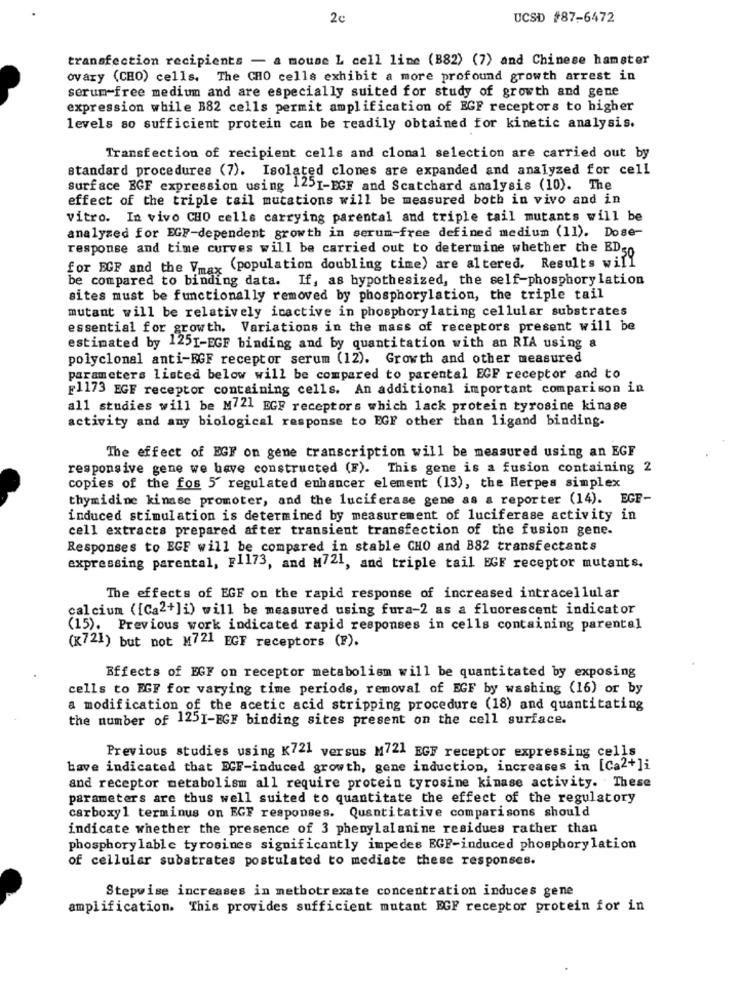
2c
UCSD #87-6472
transfection recipients - a mouse L cell line (B82) (7) and Chinese hamster
ovary (CHO) cells. The CHO cells exhibit a more profound growth arrest in
serum-free medium and are especially suited for study of growth and gene
expression while B82 cells permit amplification of EGF receptors to higher
levels so sufficient protein can be readily obtained for kinetic analysis.
Transfection of recipient cells and clonal selection are carried out by
standard procedures (7). Isolated clones are expanded and analyzed for cell
Surface BGF expression using 1251-EGF and Scatchard analysis (10). The
effect of the triple tail mutations will be measured both in vivo and in
vitro. In vivo CHO cells carrying parental and triple tail mutants will be
analyzed for EGF-dependent growth in serum-free defined medium (11). Dose-
response and time curves will be carried out to determine whether the ED50
for EGF and the Vmax (population doubling time) are altered, Results will
be compared to binding data. If, as hypothesized, the self-phosphorylation
sites must be functionally removed by phosphorylation, the triple tail
mutant will be relatively icactive in phosphorylating cellular substrates
essential for growth. Variations in the mass of receptors present will be
estimated by 1251-EGF binding and by quantitation with an RIA using a
polyclonal anti-FGF receptor serum (12). Growth and other measured
parameters listed below will be compared to parental EGF receptor and to
F1173 EGF receptor containing cells. An additional important comparison in
all studies will be M721 EGF receptors which lack protein tyrosine kinase
activity and any biological response to EGF other than ligand binding.
The effect of BGF on gene transcription will be measured using an EGF
responsive gene we have constructed (F). This gene is a fusion containing 2
copies of the fos 5' regulated enhancer element (13), the Herpes simplex
thymidine kinase promoter, and the luciferase gene as a reporter (14). EGF-
induced stimulation is determined by measurement of luciferase activity in
cell extracts prepared after transient transfection of the fusion gene.
Responses to EGF will be compared in stable CHO and B82 transfectants
expressing parental, Fl173, and M721, and triple tail EGF receptor mutants.
The effects of EGF on the rapid response of increased intracellular
calcium ([Ca2+]i) will be measured using fura-2 as a fluorescent indicator
(15). Previous work indicated rapid responses in cells containing parental
(K721) but not M721 EGF receptors (F).
Effects of EGF on receptor metabolism will be quantitated by exposing
cells to EGF for varying time periods, removal of EGF by washing (16) or by
a modification of the acetic acid stripping procedure (18) and quantitating
the number of 1251-EGF binding sites present on the cell surface.
Previous studies using K721 versus M721 EGF receptor expressing cells
have indicated that EGF-induced growth, gene induction, increases in [Ca2+]i
and receptor metabolism all require protein tyrosine kinase activity. These
parameters are thus well suited to quantitate the effect of the regulatory
carboxy1 terminus on EGF responses. Quantitative comparisons should
indicate whether the presence of 3 phenylalanine residues rather than
phosphory lable tyrosines significantly impedes EGF-induced phosphorylation
of cellular substrates postulated to mediate these responses.
Stepwise increases in methotrexate concentration induces gene
amplification. This provides sufficient mutant EGF receptor protein for in